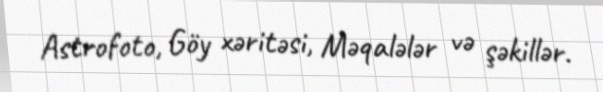
Astrofoto, Göy xəritəsi, Məqalələr və şəkillər.